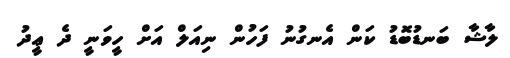
ލާޝާ ބަނޑުބޮޑު ކަން އެނގުނު ފަހުން ނިއަލް އަށް ހީވަނީ ދެ ޢީދު